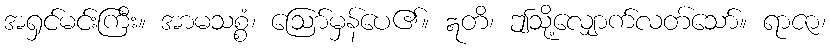
အရှင်မင်းကြီး။ အာမသစ္စံ၊ ဩော်မှန်ပေ၏။ ဣတိ၊ ဤသို့လျှောက်လတ်သော်။ ရာဇာ၊